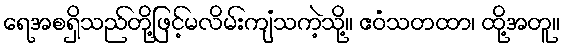
ရေအစရှိသည်တို့ဖြင့်မလိမ်းကျံသကဲ့သို့။ ဧဝံသတထာ၊ ထို့အတူ။